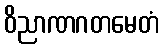
ဝိညာဏဂတမေတံ